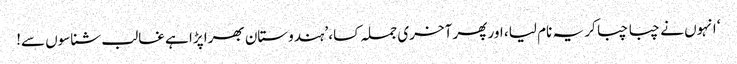
‘ انہوں نے چبا چبا کر یہ نام لیا، اور پھر آخری جملہ کسا، ’ہندوستان بھرا پڑا ہے غالب شناسوں سے!